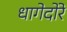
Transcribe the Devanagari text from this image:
धागेदोरे